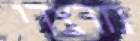
מרצדי